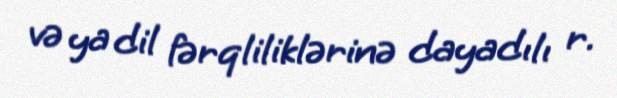
və ya dil fərqliliklərinə dayadılı r.